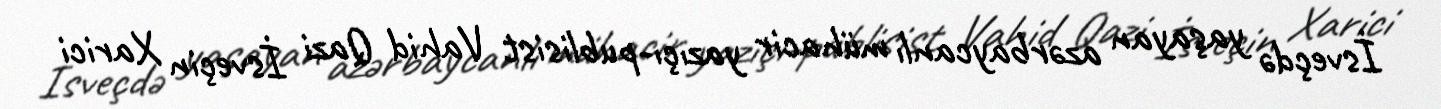
İsveçdə yaşayan azərbaycanlı mühacir yazıçı-publisist Vahid Qazi İsveçin Xarici